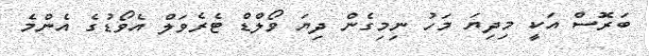
ބަރޮސް އަކީ މިދިޔަ މަހު ނިމިގެން ދިޔަ ވޯލްޑް ޓެރެވަލް އެވޯޑުގެ އެންމެ